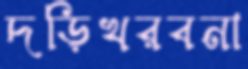
দড়িখরবনা